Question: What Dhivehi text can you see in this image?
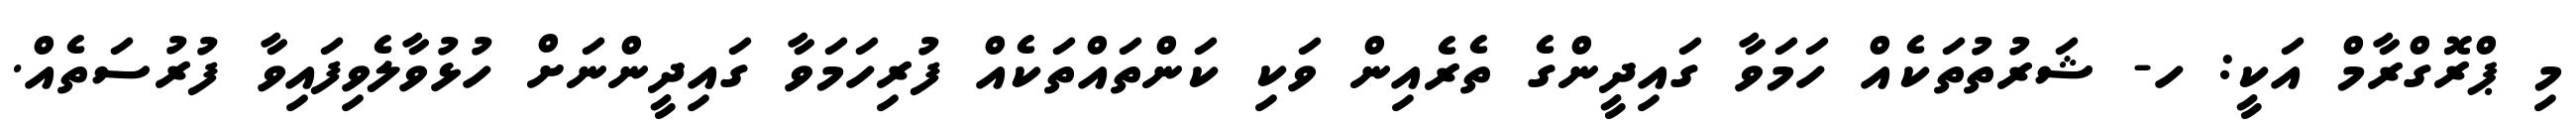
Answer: މި ޕްރޮގްރާމް އަކީ: ހ- ޝަރުތުތަކެއް ހަމަވާ ގައިދީންގެ ތެރެއިން ވަކި ކަންތައްތަކެއް ފުރިހަމަވާ ގައިދީންނަށް ހުޅުވާލެވިފައިވާ ފުރުސަތެއް.